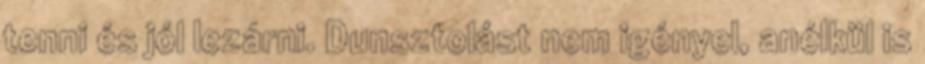
tenni és jól lezárni. Dunsztolást nem igényel, anélkül is